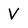
Character: V